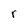
Character: r